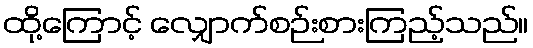
ထို့ကြောင့် လျှောက်စဉ်းစားကြည့်သည်။